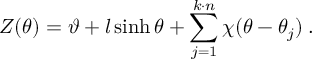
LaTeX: Z ( \theta ) = \vartheta + l \sinh \theta + \sum _ { j = 1 } ^ { k \cdot n } \chi ( \theta - \theta _ { j } ) \: .